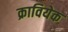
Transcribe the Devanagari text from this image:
क्रावियेक